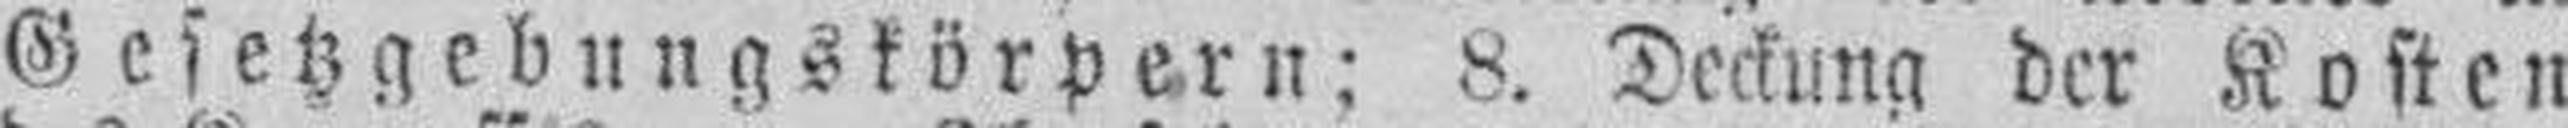
Gesetzgebungskörpern; 8. Deckung der Kosten